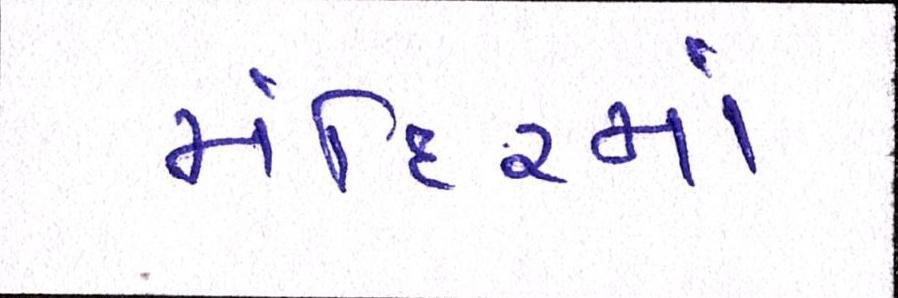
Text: મંદિરમાં